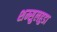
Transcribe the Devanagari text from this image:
शम्सुलहुडा